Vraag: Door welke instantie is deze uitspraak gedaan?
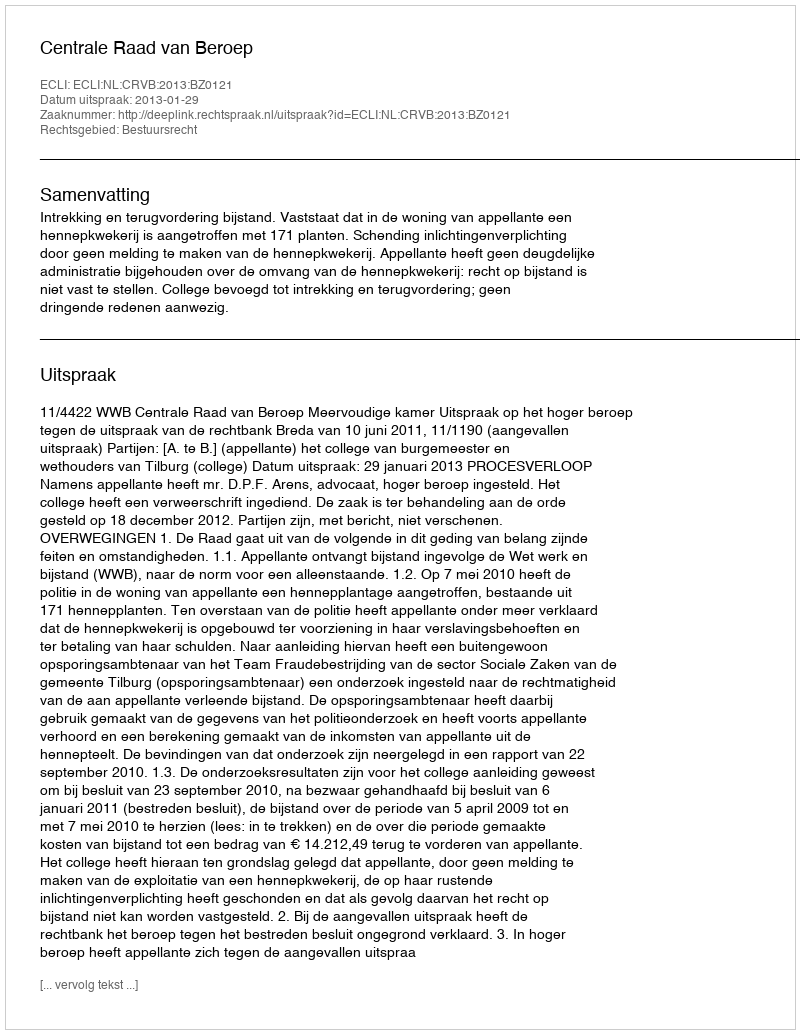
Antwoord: Centrale Raad van Beroep